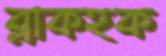
ব্লাকহক